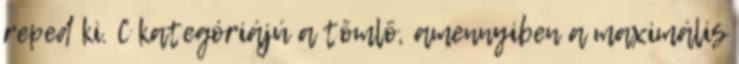
reped ki. C kategóriájú a tömlõ, amennyiben a maximális